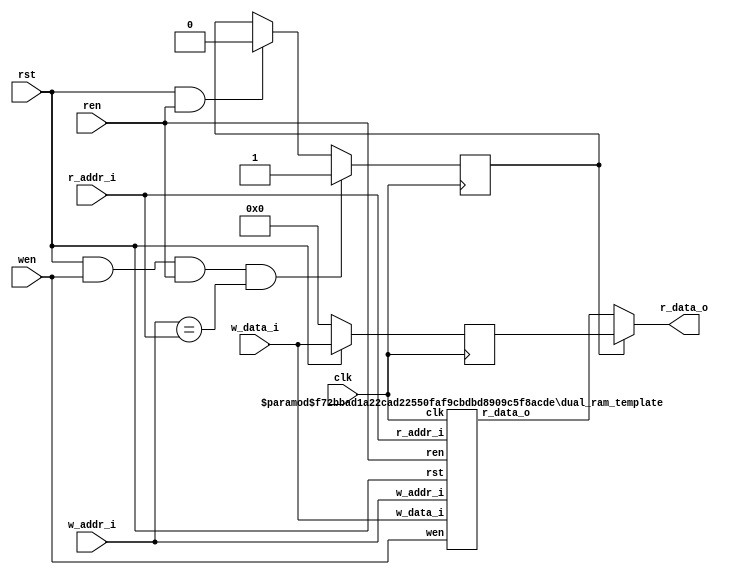
//  ram
module dual_ram #( 
	parameter DW = 32,
	parameter AW = 12,
	parameter MEM_NUM = 4096
)
(
	input wire 			clk			,
	input wire 			rst			,
	input wire 			wen			,
	input wire[AW-1:0]	w_addr_i	,
	input wire[DW-1:0]  w_data_i	,
	input wire 			ren			,
	input wire[AW-1:0]	r_addr_i	,
	output wire[DW-1:0]  r_data_o	
);	
	
	
	wire[DW-1:0] r_data_wire	;	
	reg 		 rd_equ_wr_flag	;
	reg[DW-1:0]	 w_data_reg		;
	
	assign r_data_o = (rd_equ_wr_flag) ? w_data_reg : r_data_wire;
	
	always @(posedge clk)begin
		if(!rst)
			w_data_reg <= 'b0;
		else
			w_data_reg <= w_data_i;
	end
	
	//
	always @(posedge clk)begin
		if(rst && wen && ren && w_addr_i == r_addr_i )
			rd_equ_wr_flag <= 1'b1;
		else if(rst && ren)
			rd_equ_wr_flag <= 1'b0;
	end
		

	dual_ram_template #(
		.DW (DW),
		.AW (AW),
		.MEM_NUM (MEM_NUM)
	)dual_ram_template_inst
	(
		.clk			(clk		),
		.rst			(rst		),
		.wen			(wen		),
		.w_addr_i		(w_addr_i	),
		.w_data_i		(w_data_i	),
		.ren			(ren		),
		.r_addr_i		(r_addr_i	),
		.r_data_o       (r_data_wire)
	);

endmodule




module dual_ram_template #(
	parameter DW = 32,
	parameter AW = 12,
	parameter MEM_NUM = 4096
)
(
	input wire 			clk			,
	input wire 			rst			,
	input wire 			wen			,
	input wire[AW-1:0]	w_addr_i	,
	input wire[DW-1:0]  w_data_i	,
	input wire 			ren			,
	input wire[AW-1:0]	r_addr_i	,
	output reg[DW-1:0]  r_data_o
);
	reg[DW-1:0] memory[0:MEM_NUM-1];
	
	
	
	always @(posedge clk)begin
		if(rst && ren)
			r_data_o <= memory[r_addr_i];
	end
	
	always @(posedge clk)begin
		if(rst && wen)
			memory[w_addr_i] <= w_data_i;
	end

endmodule





/* module dual_ram #(
	parameter DW = 32,
	parameter AW = 12,
	parameter MEM_NUM = 4096
)
(
	input wire 			clk			,
	input wire 			rst			,
	input wire 			w_en		,
	input wire[AW-1:0]	w_addr_i	,
	input wire[DW-1:0]  w_data_i	,
	input wire 			r_en		,
	input wire[AW-1:0]	r_addr_i	,
	output reg[DW-1:0]  r_data_o
);
	wire[DW-1:0] r_data_wire;
	
	always @(posedge clk)begin
		if(w_addr_i == r_addr_i && rst && w_en && r_en)
			r_data_o <= w_data_i;
		else
			r_data_o <= r_data_wire;
	end
	
	dual_ram_template #(
		.DW (32),
		.AW (12),
		.MEM_NUM (4096)
	)dual_ram_template_isnt
	(
		.clk			(clk		),
		.rst			(rst		),
		.w_en			(w_en		),
		.w_addr_i		(w_addr_i	),
		.w_data_i		(w_data_i	),
		.r_en			(r_en		),
		.r_addr_i		(r_addr_i	),
		.r_data_o       (r_data_wire)
	);

endmodule */